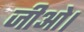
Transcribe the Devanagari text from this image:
जीओ।